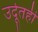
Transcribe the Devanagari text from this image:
उर्दूतही